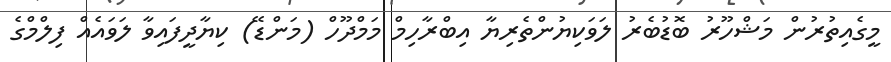
މީގެއިތުރުން މަޝްހޫރު ބޮޑުބެރު ލަވަކިޔުންތެރިޔާ އިބްރާހިމް މަމްދޫހް (މަންޑޭ) ކިޔާދީފައިވާ ލަވައެއް ފިލްމްގެ